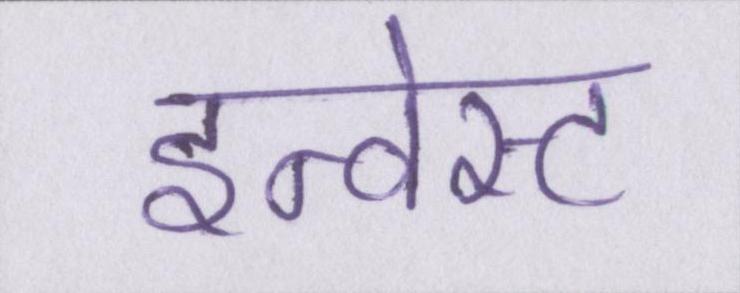
इन्वेस्ट